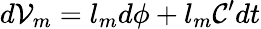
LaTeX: d\mathcal{V}_{m}=l_{m}d\phi+l_{m}\mathcal{C}^{\prime}dt